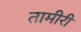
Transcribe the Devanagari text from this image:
तामीरी